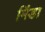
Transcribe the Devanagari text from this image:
मिंडा